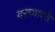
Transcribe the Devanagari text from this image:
वरच्यावरी